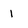
Character: 1